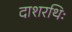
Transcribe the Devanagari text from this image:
दाशरथिः